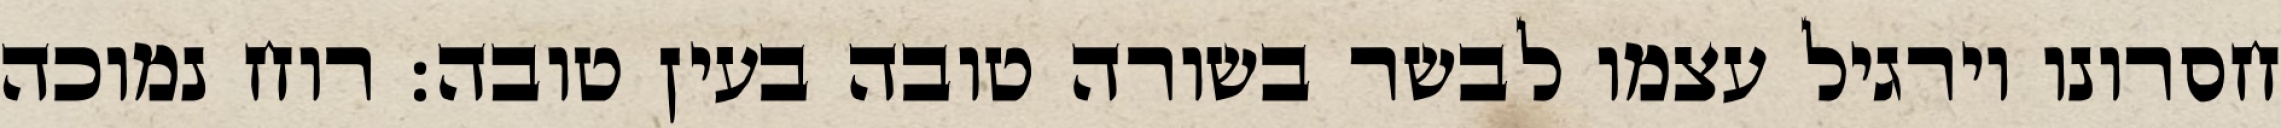
חסרונו וירגיל עצמו לבשר בשורה טובה בעין טובה: רוח נמוכה